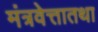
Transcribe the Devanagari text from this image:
मंत्रवेत्तातथा